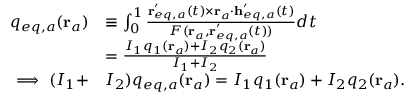
\begin{array} { r l } { q _ { e q , a } ( \mathbf { r } _ { a } ) } & { \equiv \int _ { 0 } ^ { 1 } \frac { \mathbf { r } _ { e q , a } ^ { \prime } ( t ) \times \mathbf { r } _ { a } \cdot \mathbf { h } _ { e q , a } ^ { \prime } ( t ) } { F ( \mathbf { r } _ { a } , \mathbf { r } _ { e q , a } ^ { \prime } ( t ) ) } d t } \\ & { = \frac { I _ { 1 } q _ { 1 } ( \mathbf { r } _ { a } ) + I _ { 2 } q _ { 2 } ( \mathbf { r } _ { a } ) } { I _ { 1 } + I _ { 2 } } } \\ { \implies ( I _ { 1 } + } & { I _ { 2 } ) q _ { e q , a } ( \mathbf { r } _ { a } ) = I _ { 1 } q _ { 1 } ( \mathbf { r } _ { a } ) + I _ { 2 } q _ { 2 } ( \mathbf { r } _ { a } ) . } \end{array}